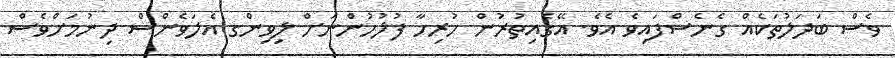
ވެސް ބަދަލުތަކެއް ގެނެސްފައިވެ އެވެ. އޭގެއިތުރުން ހުރިހާ ފުލުހުންނަށް ލިވިންގ އެލަވެންސް ދިނުމަށްވެސް